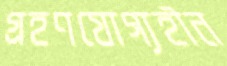
গ্রহণযোগ্যহীন